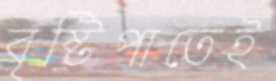
বৃষ্টিপাতেই